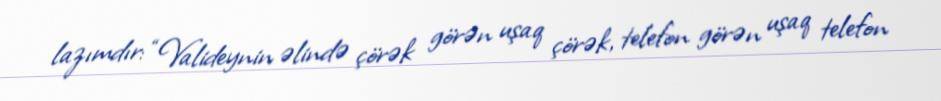
lazımdır: “Valideynin əlində çörək görən uşaq çörək, telefon görən uşaq telefon